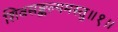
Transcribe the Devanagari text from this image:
शिवसङ्कल्पमस्तु॥१॥